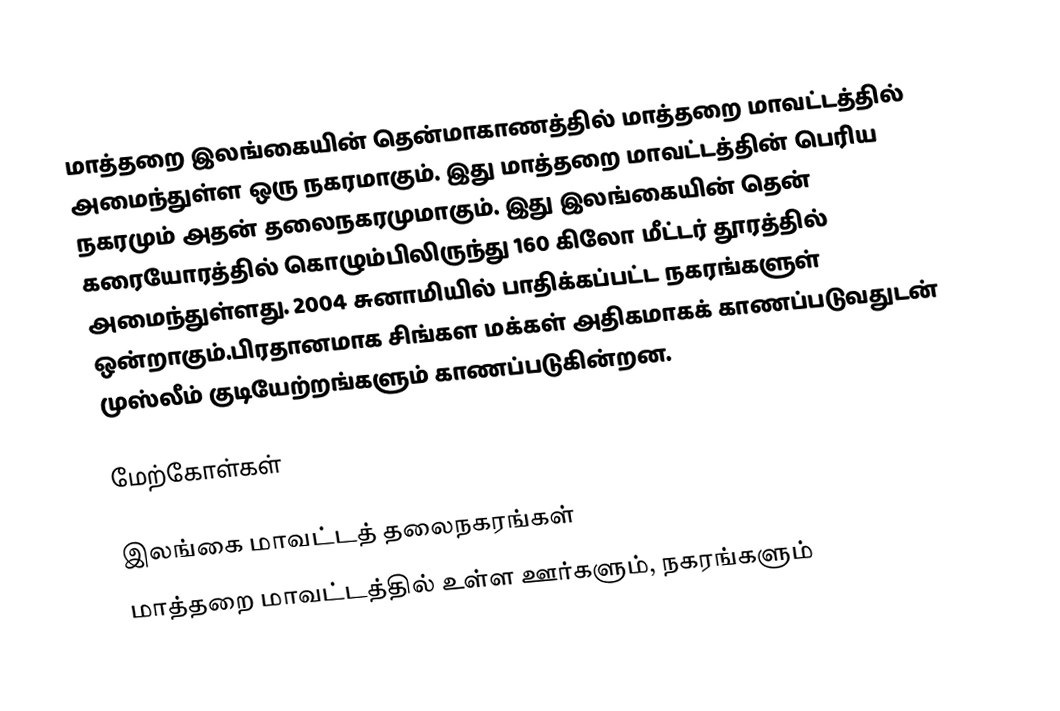
மாத்தறை இலங்கையின் தென்மாகாணத்தில் மாத்தறை மாவட்டத்தில் அமைந்துள்ள ஒரு நகரமாகும். இது மாத்தறை மாவட்டத்தின் பெரிய நகரமும் அதன் தலைநகரமுமாகும். இது இலங்கையின் தென் கரையோரத்தில் கொழும்பிலிருந்து 160 கிலோ மீட்டர் தூரத்தில் அமைந்துள்ளது. 2004 சுனாமியில் பாதிக்கப்பட்ட நகரங்களுள் ஒன்றாகும்.பிரதானமாக சிங்கள மக்கள் அதிகமாகக் காணப்படுவதுடன் முஸ்லீம் குடியேற்றங்களும் காணப்படுகின்றன.

மேற்கோள்கள்

இலங்கை மாவட்டத் தலைநகரங்கள்
மாத்தறை மாவட்டத்தில் உள்ள ஊர்களும், நகரங்களும்